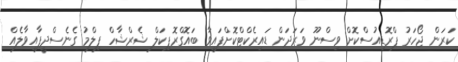
ކަރަން ޖޯހަރު ޕްރޮޑިއުސްކޮށް ވިސްނޫ ވަރަދަން ޑައިރެކްޓްކޮށްފައިވާ ބައޮގްރޮޕިކަލް ޝެރްޝާހް ފިލްމު ގެނެސްދީފާއިވާލެއް